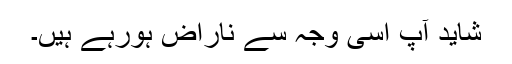
شاید آپ اسی وجہ سے ناراض ہورہے ہیں۔